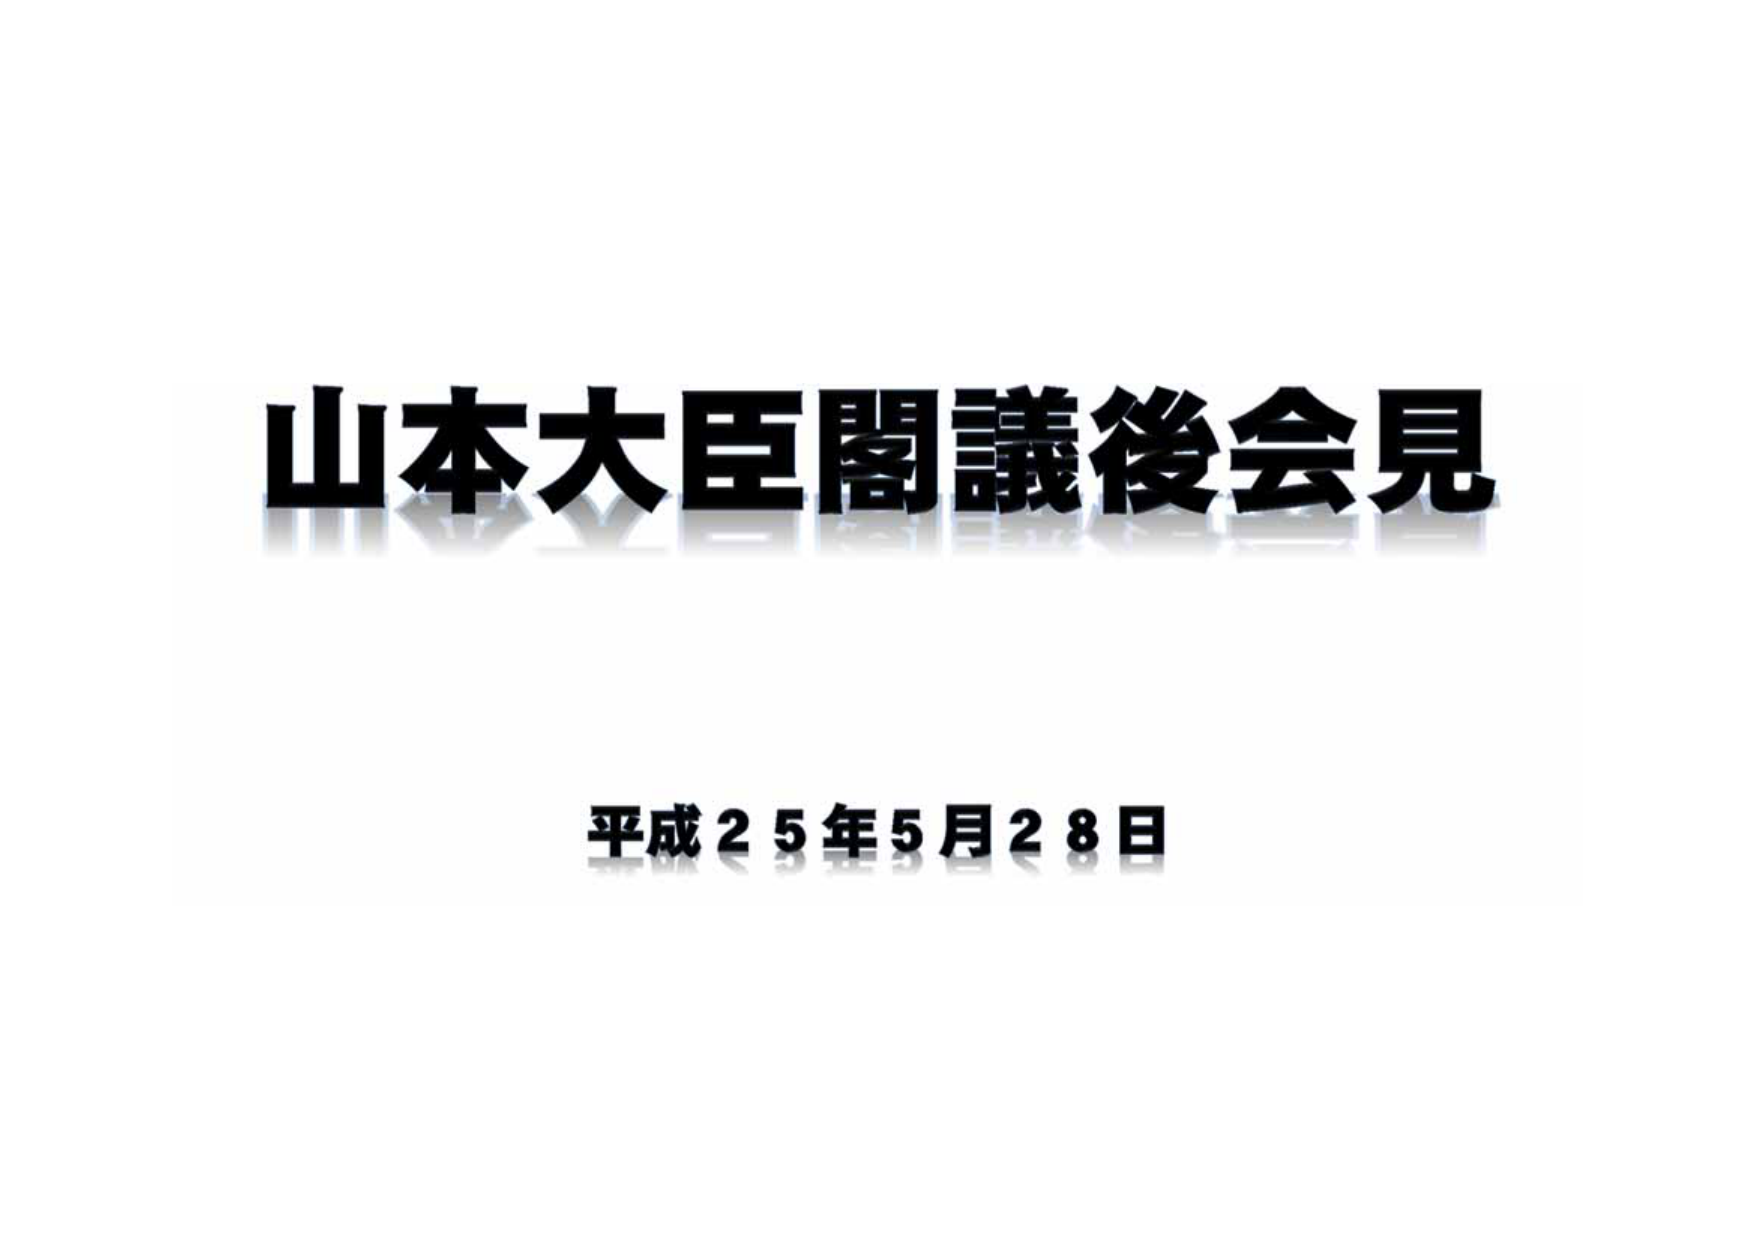
山本大臣閣議後会見
平成25年5月28日